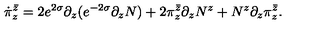
\dot { \pi } _ { z } ^ { \bar { z } } = 2 e ^ { 2 \sigma } \partial _ { z } ( e ^ { - 2 \sigma } \partial _ { z } N ) + 2 \pi _ { z } ^ { \bar { z } } \partial _ { z } N ^ { z } + N ^ { z } \partial _ { z } \pi _ { z } ^ { \bar { z } } .